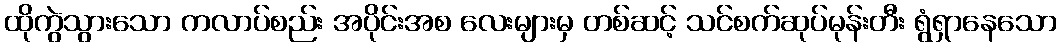
ထိုကွဲသွားသော ကလာပ်စည်း အပိုင်းအစ လေးများမှ တစ်ဆင့် သင်စက်ဆုပ်မုန်းတီး ရွံရှာနေသော